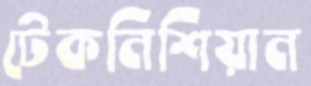
টেকনিশিয়ান